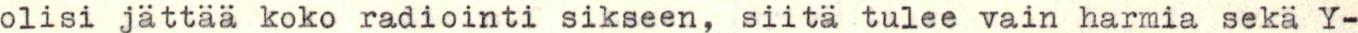
olisi jättää koko radiointi sikseen, siitä tulee vain harmia sekä Y-